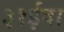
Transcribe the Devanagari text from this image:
३१ईवा